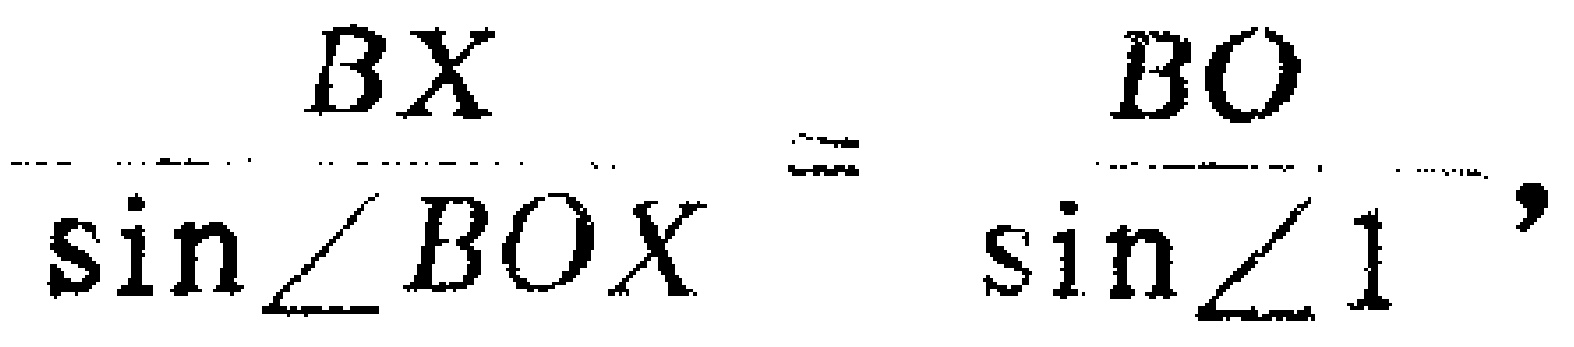
\(\frac{BX}{\sin\angle BOX}=\frac{BO}{\sin\angle 1},\)